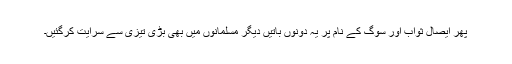
پھر ایصالِ ثواب اور سوگ کے نام پر یہ دونوں باتیں دیگر مسلمانوں میں بھی بڑی تیزی سے سرایت کرگئیں۔